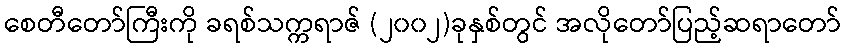
စေတီတော်ကြီးကို ခရစ်သက္ကရာဇ် (၂၀၀၂)ခုနှစ်တွင် အလိုတော်ပြည့်ဆရာတော်